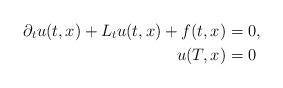
LaTeX: \begin{align*}\partial_tu(t,x)+L_tu(t,x)+f(t,x)&=0,\\u(T,x)&=0\end{align*}